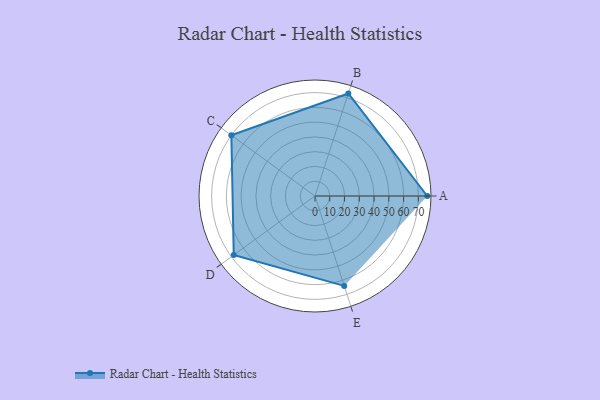
{"axis": {"x": "Skill", "y": "Score"}, "legend": ["Profile"], "data": [{"x": "A", "y": 76.0, "type": "Profile"}, {"x": "B", "y": 73.0, "type": "Profile"}, {"x": "C", "y": 70.0, "type": "Profile"}, {"x": "D", "y": 68.0, "type": "Profile"}, {"x": "E", "y": 64.0, "type": "Profile"}]}